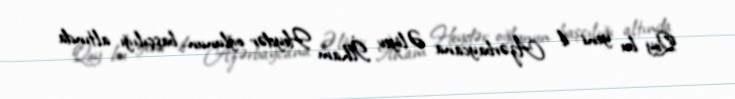
Qoy bu yeni il Azərbaycana Əliyev İlham Heydər oğlunun başçılığı altında